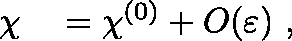
\begin{array} { r l } { \mathbf { \chi } } & { { } = \mathbf { \chi } ^ { ( 0 ) } + { O } \! \left( { \varepsilon } \right) \, , } \end{array}